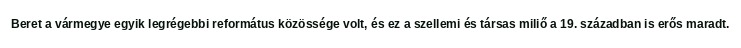
Beret a vármegye egyik legrégebbi református közössége volt, és ez a szellemi és társas miliő a 19. században is erős maradt.